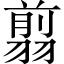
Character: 翦